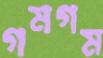
গমগম